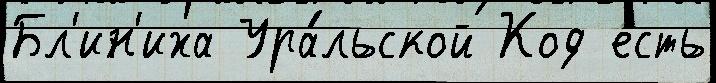
Бл'ин'иха Ура́льской Код есть